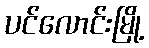
ပင်လောင်းမြို့